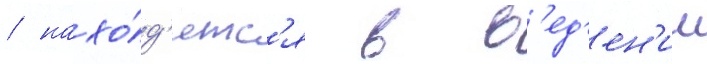
/ нахо́д'ятс'я в в'ед'ен'ии